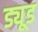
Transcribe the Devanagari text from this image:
ड्यूड